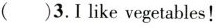
( )3. 1 like vegetables!